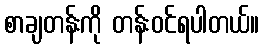
စာချတန်းကို တန်းဝင်ရပါတယ်။